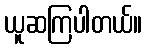
ယူဆကြပါတယ်။